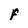
Character: f